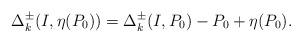
LaTeX: \begin{align*} \Delta_k^\pm(I,\eta(P_0))=\Delta_k^\pm(I,P_0)-P_0+\eta(P_0). \end{align*}